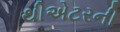
થીએટરની